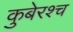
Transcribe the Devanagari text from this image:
कुबेरश्च